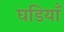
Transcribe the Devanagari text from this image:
घडियाँ